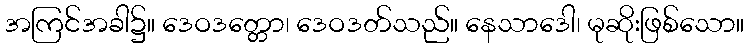
အကြင်အခါ၌။ ဒေဝဒတ္တော၊ ဒေဝဒတ်သည်။ နေသာဒေါ၊ မုဆိုးဖြစ်သော။